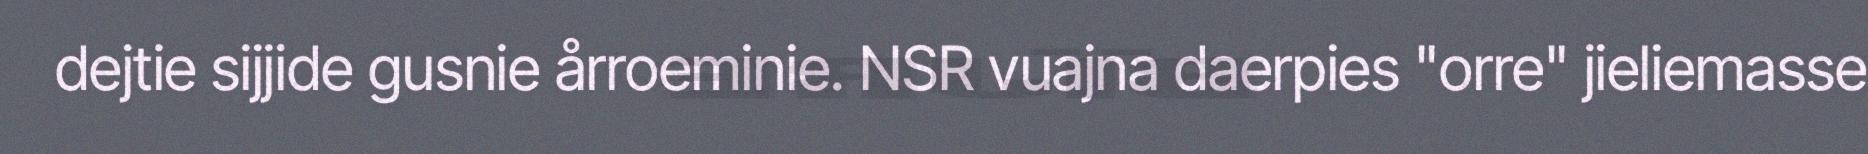
dejtie sijjide gusnie årroeminie. NSR vuajna daerpies "orre" jieliemasse